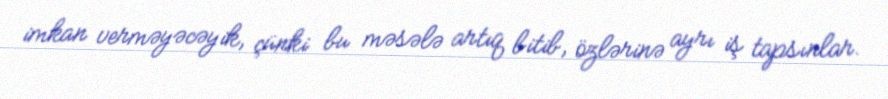
imkan verməyəcəyik, çünki bu məsələ artıq bitib, özlərinə ayrı iş tapsınlar.